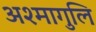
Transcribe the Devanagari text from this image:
अश्मागुलि